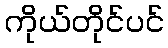
ကိုယ်တိုင်ပင်